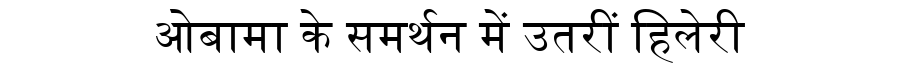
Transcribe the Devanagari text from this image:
ओबामा के समर्थन में उतरीं हिलेरी